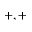
+ , +